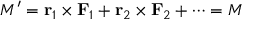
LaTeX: M ^ { \prime } = \mathbf { r } _ { 1 } \times \mathbf { F } _ { 1 } + \mathbf { r } _ { 2 } \times \mathbf { F } _ { 2 } + \cdots = M